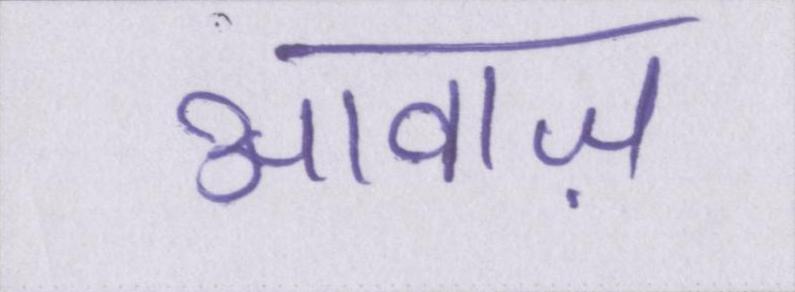
आवाज़